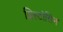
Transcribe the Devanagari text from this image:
प्लिस्टोसिन